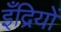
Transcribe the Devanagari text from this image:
इँद्रियों